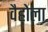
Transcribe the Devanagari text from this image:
वैहोला